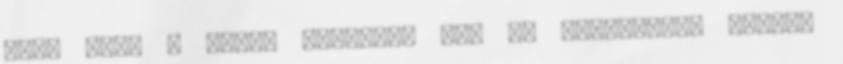
elég ezek a vegyi anyagok, így az anyagcsere sokkal